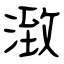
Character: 㴛